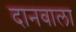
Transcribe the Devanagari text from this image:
दानवाला